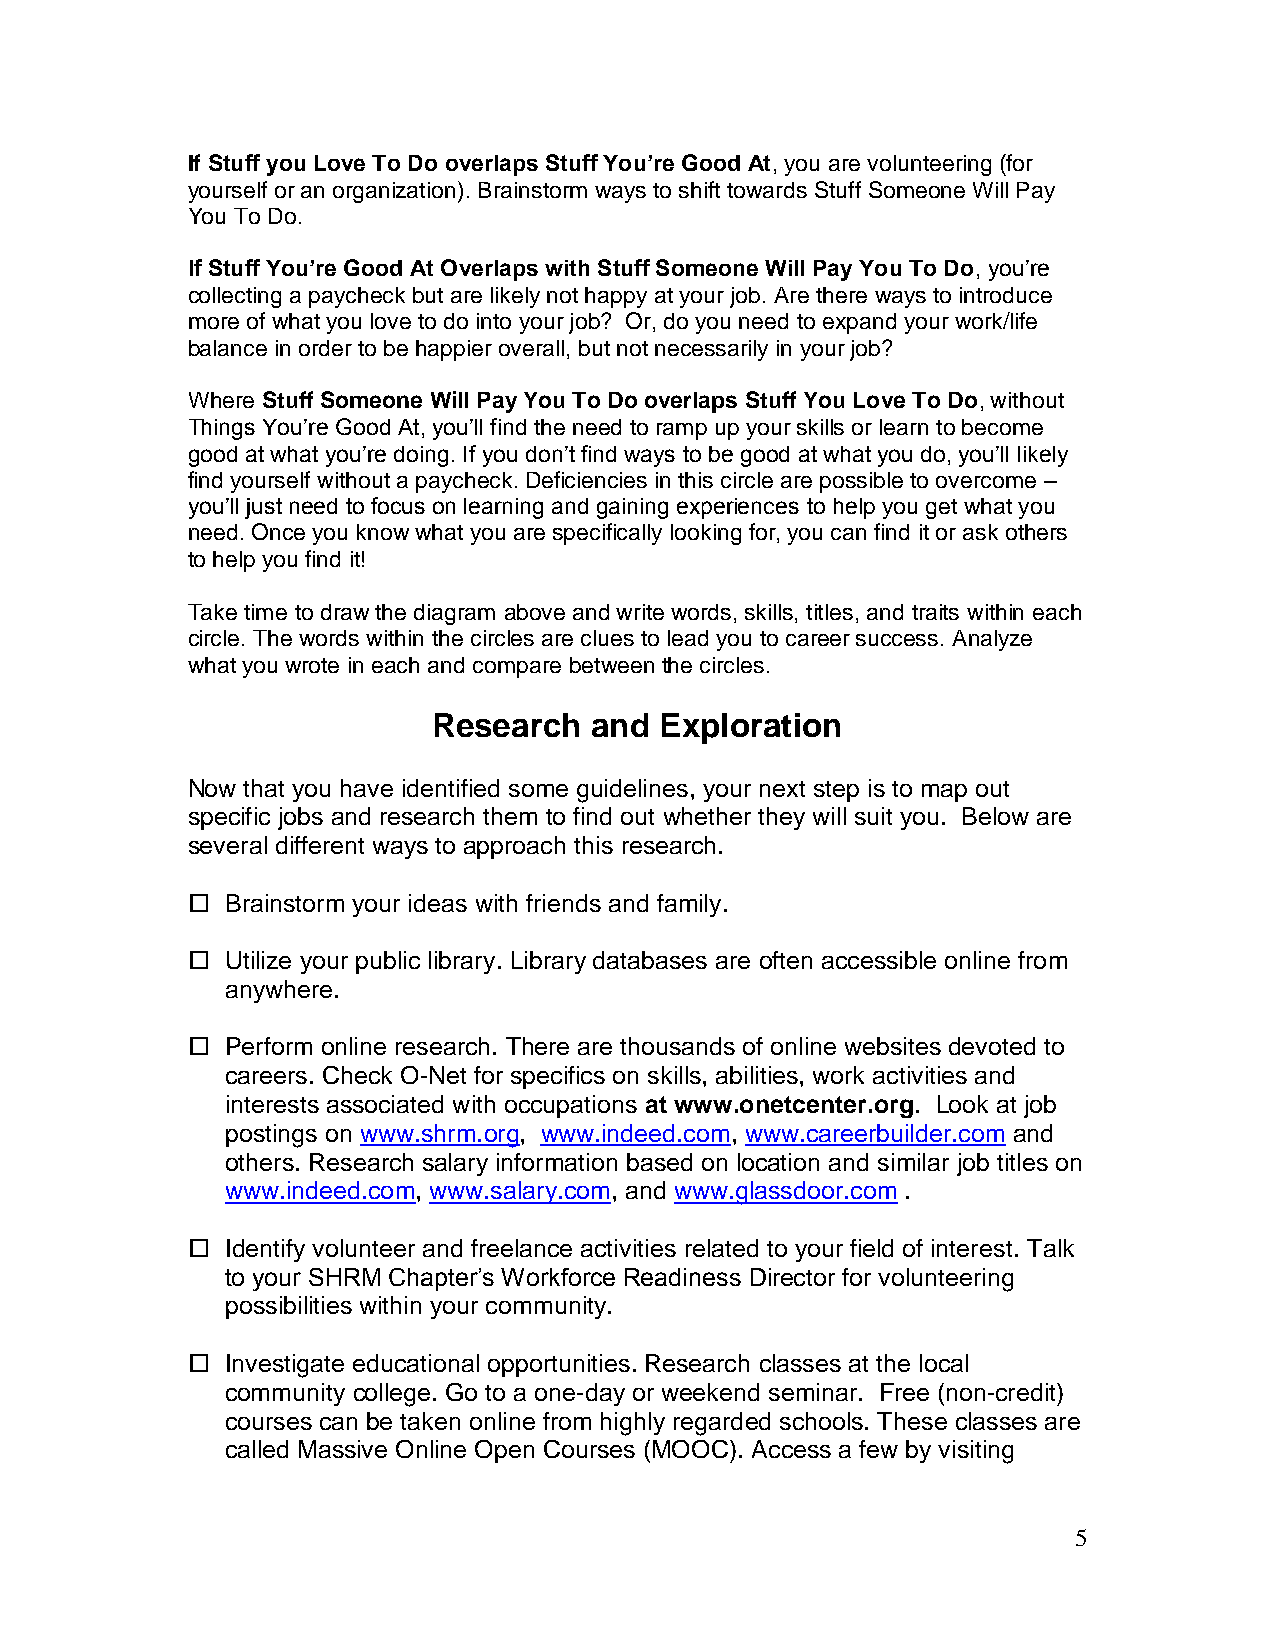
If Stuff you Love To Do overlaps Stuff You’re Good At, you are volunteering (for
 yourself or an organization). Brainstorm ways to shift towards Stuff Someone Will Pay
 You To Do.
 If Stuff You’re Good At Overlaps with Stuff Someone Will Pay You To Do, you’re
 collecting a paycheck but are likely not happy at your job. Are there ways to introduce
 more of what you love to do into your job? Or, do you need to expand your work/life
 balance in order to be happier overall, but not necessarily in your job?
 Where Stuff Someone Will Pay You To Do overlaps Stuff You Love To Do, without
 Things You’re Good At, you’ll find the need to ramp up your skills or learn to become
 good at what you’re doing. If you don’t find ways to be good at what you do, you’ll likely
 find yourself without a paycheck. Deficiencies in this circle are possible to overcome –
 you’ll just need to focus on learning and gaining experiences to help you get what you
 need. Once you know what you are specifically looking for, you can find it or ask others
 to help you find it!
 Take time to draw the diagram above and write words, skills, titles, and traits within each
 circle. The words within the circles are clues to lead you to career success. Analyze
 what you wrote in each and compare between the circles.
 Research  and  Exploration
 Now that you have identified some guidelines, your next step is to map out
 specific jobs and research them to find out whether they will suit you. Below are
 several different ways to approach this research.
   Brainstorm your ideas with friends and family.
   Utilize your public library. Library databases are often accessible online from
 anywhere.
   Perform online research. There are thousands of online websites devoted to
 careers. Check O-Net for specifics on skills, abilities, work activities and
 interests associated with occupations at www.onetcenter.org. Look at job
 postings on www.shrm.org, www.indeed.com, www.careerbuilder.com and
 others. Research salary information based on location and similar job titles on
 www.indeed.com, www.salary.com, and www.glassdoor.com .
   Identify volunteer and freelance activities related to your field of interest. Talk
 to your SHRM Chapter’s Workforce Readiness Director for volunteering
 possibilities within your community.
   Investigate educational opportunities. Research classes at the local
 community college. Go to a one-day or weekend seminar. Free (non-credit)
 courses can be taken online from highly regarded schools. These classes are
 called Massive Online Open Courses (MOOC). Access a few by visiting
 5